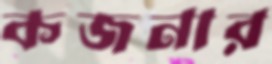
কজনার